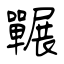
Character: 囅